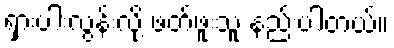
ရှားပါးလွန်းလို့ ဖတ်ဖူးသူ နည်းပါတယ်။